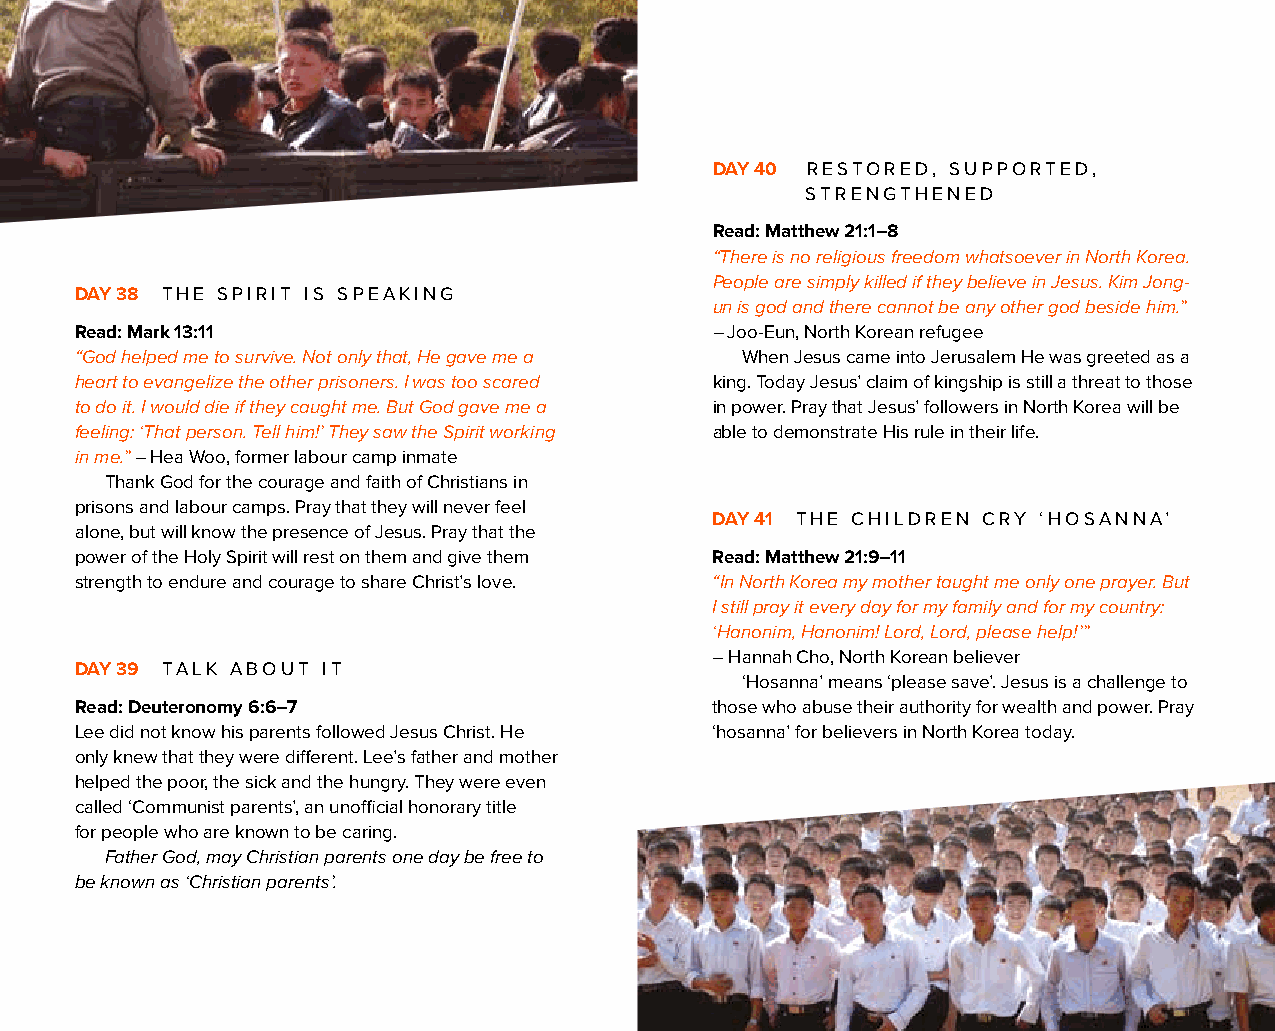
DAY 40 RESTORED, SUPPORTED,
 STRENGTHENED
 Read: Matthew 21:1–8
 “There is no religious freedom whatsoever in North Korea.
 People are simply killed if they believe in Jesus. Kim Jong-
 DAY 38 THE SPIRIT IS SPEAKING
 un is god and there cannot be any other god beside him.”
 Read: Mark 13:11                          – Joo-Eun, North Korean refugee
 “God helped me to survive. Not only that, He gave me a When Jesus came into Jerusalem He was greeted as a
 heart to evangelize the other prisoners. I was too scared king. Today Jesus’ claim of kingship is still a threat to those
 to do it. I would die if they caught me. But God gave me a in power. Pray that Jesus’ followers in North Korea will be
 feeling: ‘That person. Tell him!’ They saw the Spirit working able to demonstrate His rule in their life.
 in me.” – Hea Woo, former labour camp inmate
 Thank God for the courage and faith of Christians in
 prisons and labour camps. Pray that they will never feel
 DAY 41 THE CHILDREN CRY ‘HOSANNA’
 alone, but will know the presence of Jesus. Pray that the
 power of the Holy Spirit will rest on them and give them Read: Matthew 21:9–11
 strength to endure and courage to share Christ’s love. “In North Korea my mother taught me only one prayer. But
 I still pray it every day for my family and for my country:
 ‘Hanonim, Hanonim! Lord, Lord, please help!’”
 – Hannah Cho, North Korean believer
 DAY 39 TALK ABOUT IT
 ‘Hosanna’ means ‘please save’. Jesus is a challenge to
 Read: Deuteronomy 6:6–7                   those who abuse their authority for wealth and power. Pray
 Lee did not know his parents followed Jesus Christ. He ‘hosanna’ for believers in North Korea today.
 only knew that they were different. Lee’s father and mother
 helped the poor, the sick and the hungry. They were even
 called ‘Communist parents’, an unofficial honorary title
 for people who are known to be caring.
 Father God, may Christian parents one day be free to
 be known as ‘Christian parents’.